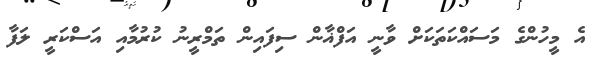
އެ މީހުންގެ މަސައްކަތަކަށް ވާނީ އަފްޣާން ސިފައިން ތަމްރީނު ކުރުމާއި އަސްކަރީ ލަފާ